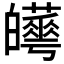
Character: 𤾼